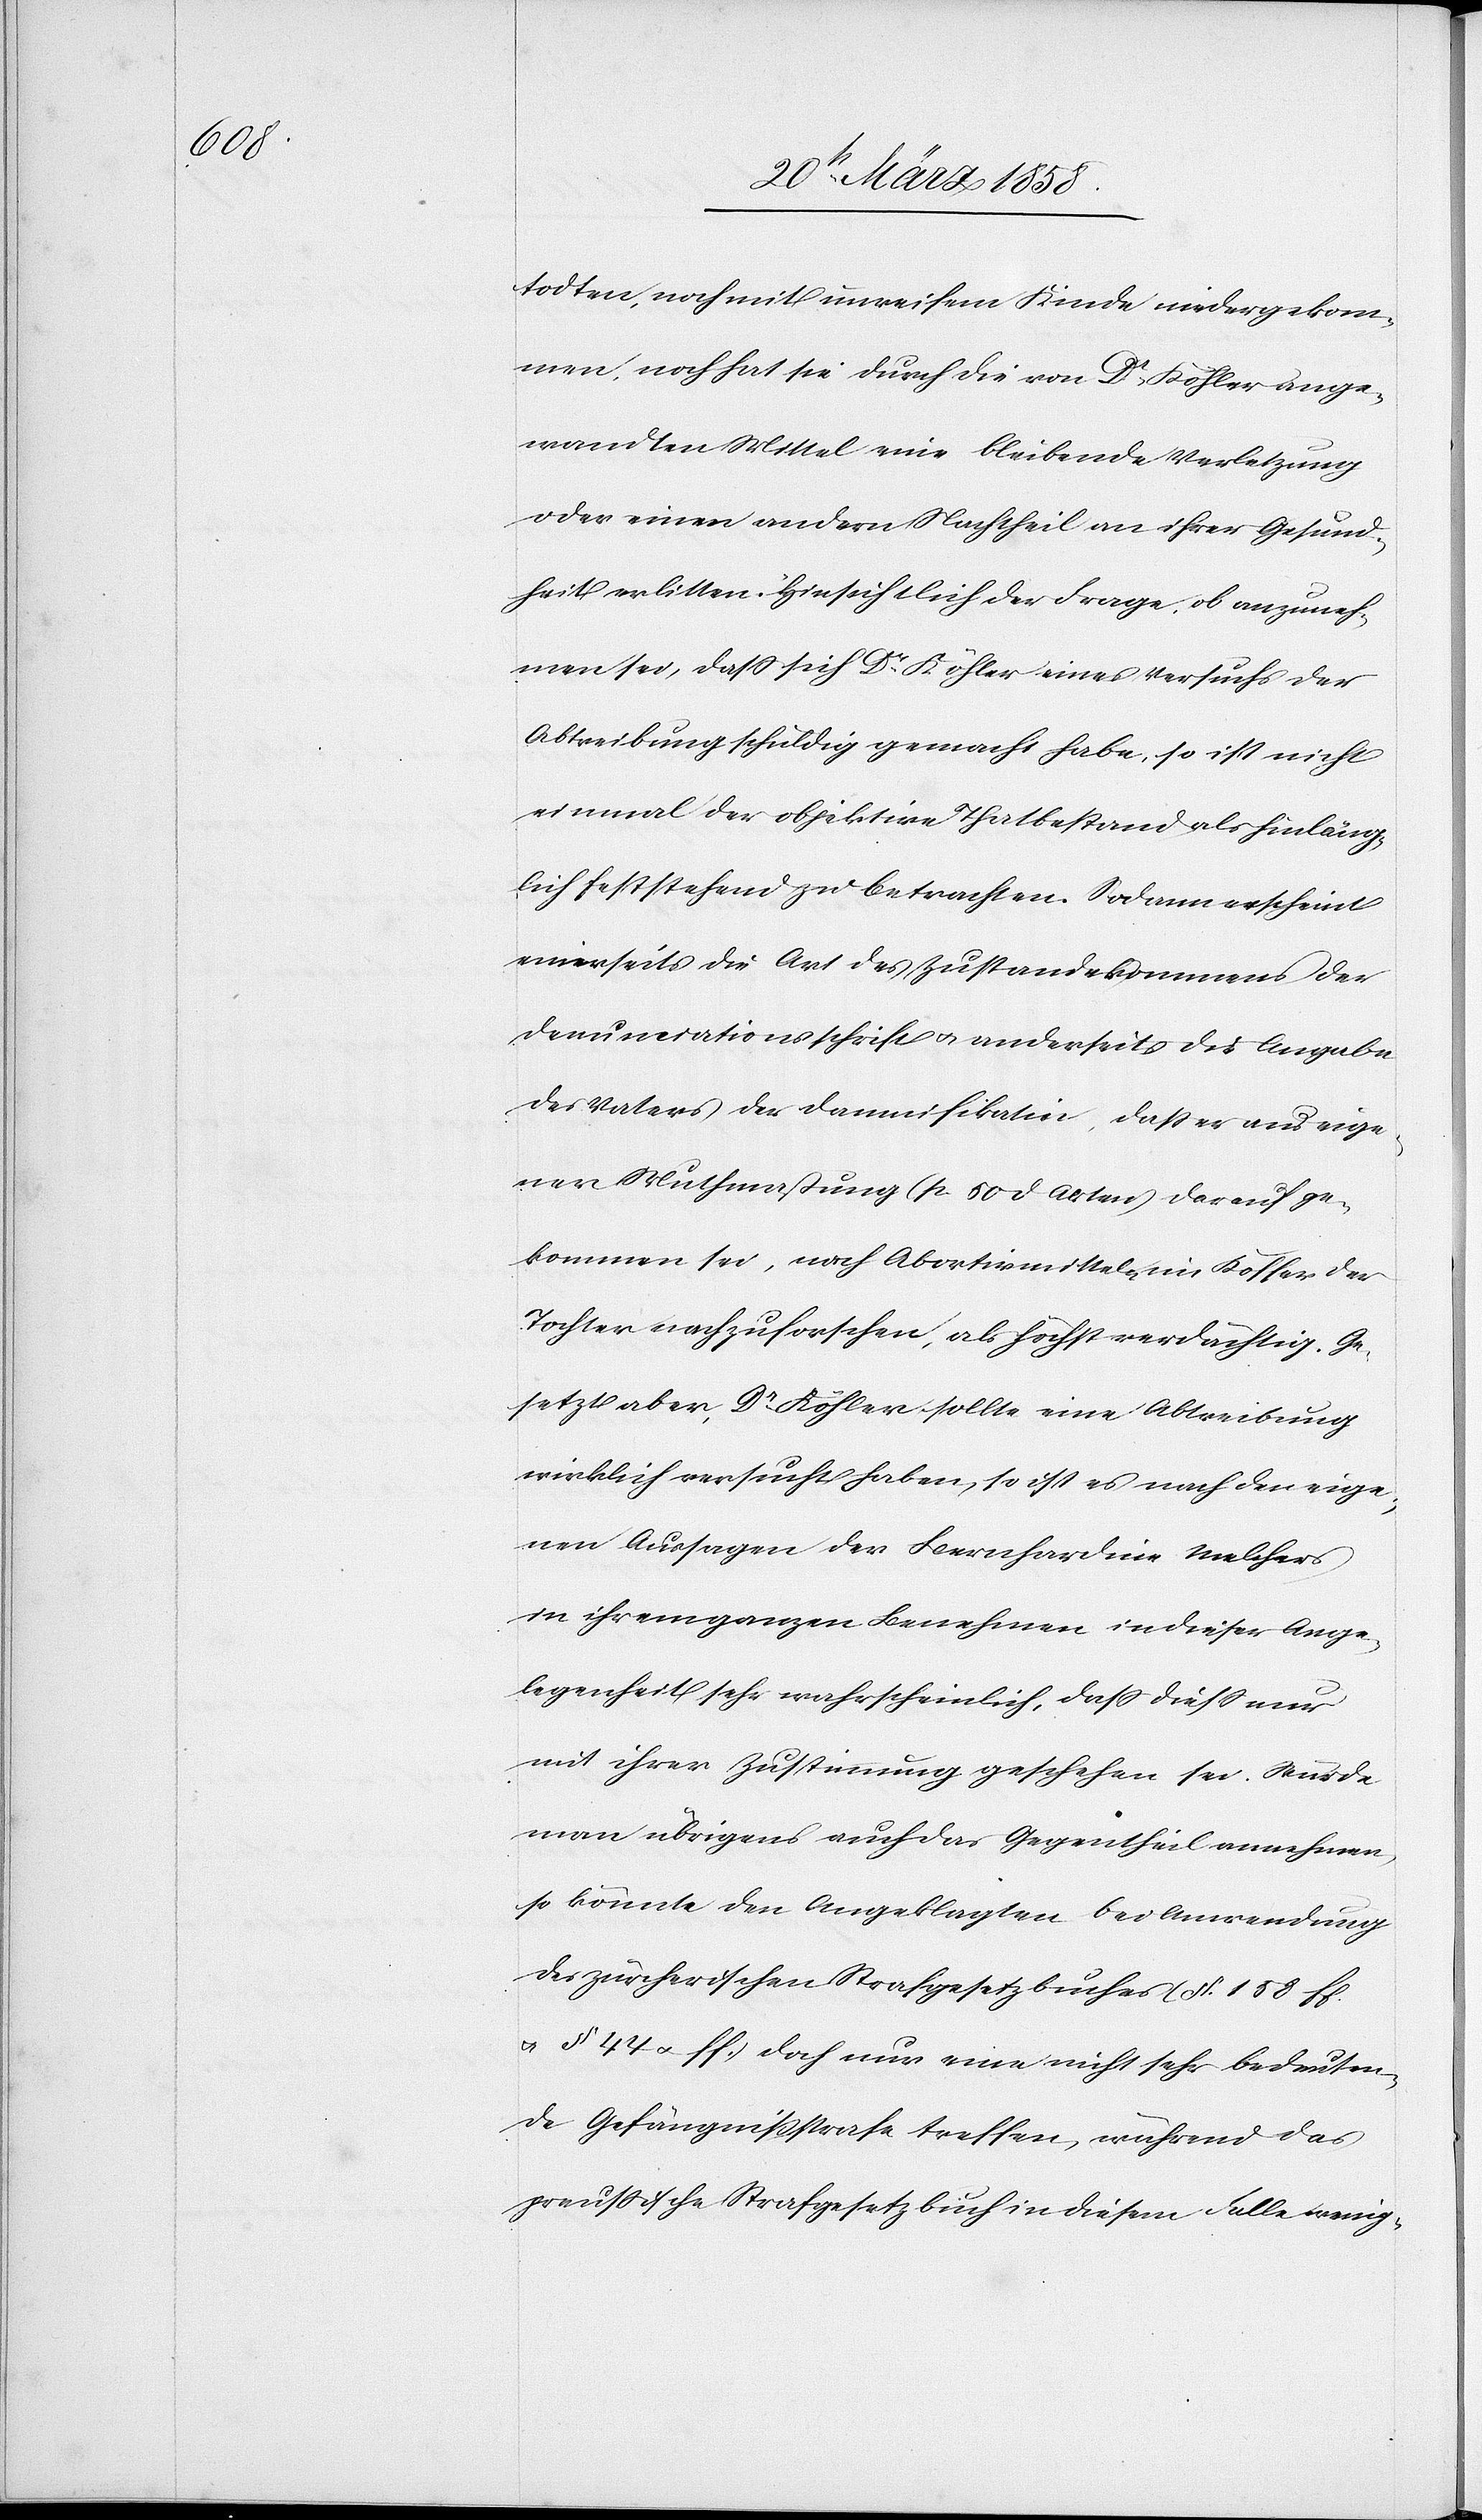
todten, noch mit unreifem Kinde niedergekom¬
men, noch hat sie durch die von Dr Köhler ange¬
wandten Mittel eine bleibende Verletzung
oder einen andern Nachtheil an ihrer Gesund¬
heit erlitten. Hinsichtlich der Frage, ob anzuneh¬
men sei, dass sich Dr Köhler eines Versuchs der
Abtreibung schuldig gemacht habe, so ist nicht
einmal der objektive Thatbestand als hinläng¬
lich feststehend zu betrachten. Sodann erscheint
einerseits die Art des Zustandekommens der
Denunciationsschrift u. anderseits die Angabe
des Vaters der Damnifikatin, dass er aus eige¬
ner Muthmassung (p. 50 d. Akten) darauf ge¬
kommen sei, nach Abortivmitteln im Koffer der
Tochter nachzuforschen, als höchst verdächtig. Ge¬
setzt aber, Dr Köhler sollte eine Abtreibung
wirklich versucht haben, so ist es nach den eige¬
nen Aussagen der Bernhardine Melchers
in ihrem ganzen Benehmen in dieser Ange¬
legenheit sehr wahrscheinlich, dass diess nur
mit ihrer Zustimmung geschehen sei. Würde
man übrigens auch das Gegentheil annehmen,
so könnte den Angeklagten bei Anwendung
des zürcherischen Strafgesetzbuches (§. 158 ff.
u. § 44 u. ff.) doch nur eine nicht sehr bedeuten¬
de Gefängnißstrafe treffen, während das
preussische Strafgesetzbuch in diesem Falle wenig-